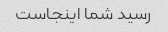
رسید شما اینجاست